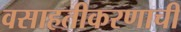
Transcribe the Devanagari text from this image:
वसाहतीकरणाची